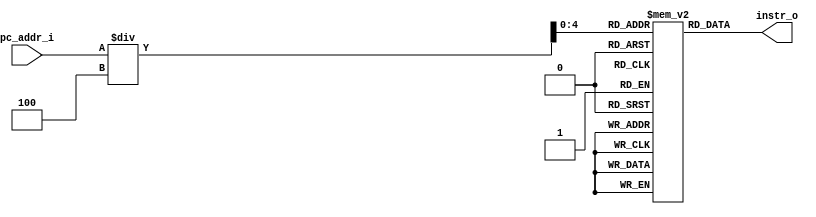
module Instr_Memory( pc_addr_i, instr_o	);

//I/O ports
input  [32-1:0]  pc_addr_i;
output [32-1:0]	 instr_o;

//Internal Signals
reg    [32-1:0]	 instr_o;
integer          i;

//32 words Memory
reg    [32-1:0]  Instr_Mem [0:32-1];

//Parameter
    
//Main function
always @(pc_addr_i) begin
	instr_o = Instr_Mem[pc_addr_i/4];
//	$display("\n[Instr]==> [Rs= %d, Rt= %d, Rd= %d],[Imm= %d],[funct= %b]\n",
//		instr_o[25:21],instr_o[20:16],instr_o[15:11],instr_o[15:0],instr_o[5:0]);
end
    
//Initial Memory Contents
initial begin
    for ( i=0; i<32; i=i+1 )
	    Instr_Mem[i] = 32'b0;
		
end
endmodule